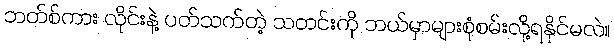
ဘတ်စ်ကား လိုင်းနဲ့ ပတ်သက်တဲ့ သတင်းကို ဘယ်မှာများစုံစမ်းလို့ရနိုင်မလဲ။